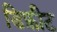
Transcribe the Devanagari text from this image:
डिफ़ीट